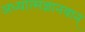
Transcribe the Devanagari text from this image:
अध्यात्मज्ञानवान्